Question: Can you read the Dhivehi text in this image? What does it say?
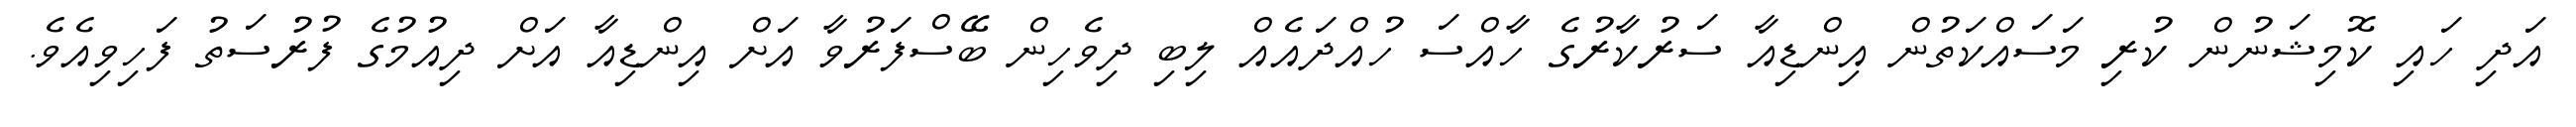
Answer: އަދި ހައި ކޮމިޝަނުން ކުރި މަސައްކަތުން އިންޑިއާ ސަރުކާރުގެ ހާއްސަ ހުއްދައެއް ލިބި ދިވެހިން ބޭސްފަރުވާ އަށް އިންޑިއާ އަށް ދިއުމުގެ ފުރުސަތު ފަހިވިއެވެ.